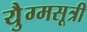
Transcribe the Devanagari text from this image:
युैग्मसूत्री